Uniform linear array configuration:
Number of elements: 4
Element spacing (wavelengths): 0.25
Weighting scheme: cosine
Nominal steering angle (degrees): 45
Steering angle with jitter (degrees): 43.782
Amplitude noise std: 0.05
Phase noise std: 0.05

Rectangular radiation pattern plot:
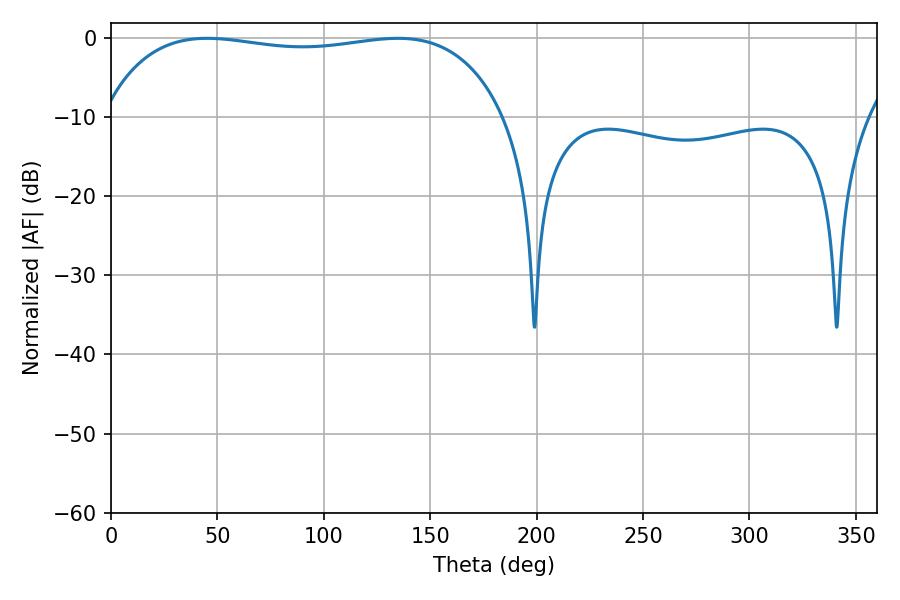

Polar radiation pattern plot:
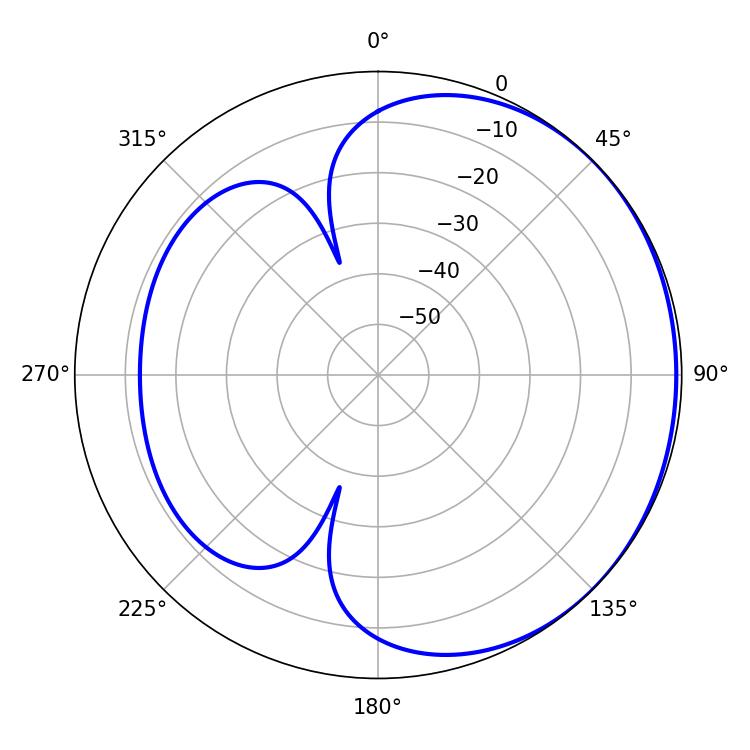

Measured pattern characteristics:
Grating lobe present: FALSE
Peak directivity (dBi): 0.9367
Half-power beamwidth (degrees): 152.28
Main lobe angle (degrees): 45.18